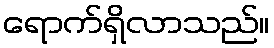
ရောက်ရှိလာသည်။